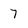
Character: 7